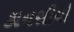
કાનસીયો